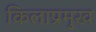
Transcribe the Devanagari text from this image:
किलाप्रमुख